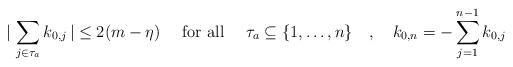
LaTeX: \begin{align*}\vert\,\sum_{j\in\tau_{a}}k_{0,j}\,\vert\leq 2(m-\eta)\quad\mbox{ for all }\quad\tau_{a}\subseteq\{1,\ldots,n\}\quad,\quad k_{0,n}=-\sum_{j=1}^{n-1}k_{0,j}\end{align*}